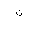
Letter: _non